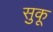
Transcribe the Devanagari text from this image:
सुकू